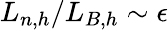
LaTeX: L_{n,h}/L_{B,h}\sim\epsilon